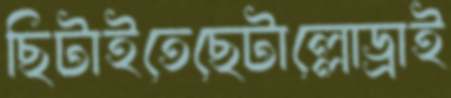
ছিটাইতেছেটাল্লোড্রাই